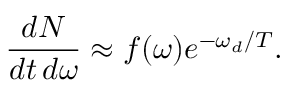
\frac { d N } { d t \, d \omega } \approx f ( \omega ) e ^ { - \omega _ { d } / T } .